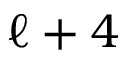
\ell + 4